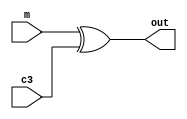
module xor_m_c3( 
  input m, c3,
  output out);
  
  
  assign out = m ^ c3;

endmodule